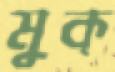
মুক্